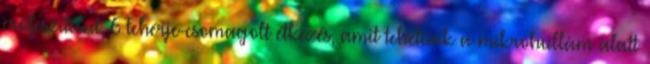
erőfeszítéseit. 6 Fehérje-csomagolt étkezés, amit tehetünk a mikrohullám alatt